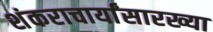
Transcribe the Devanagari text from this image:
शंकराचार्यांसारख्या